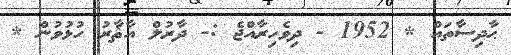
ޙާދިސާތައް * 1952 - ދިވެހިރާއްޖެ :- ދާރުލް އާޘާރު ހުޅުވުން *